Indian journal of veterinary science and animal husbandry - Volumes 18-21, 1948-1951
Year: 1948
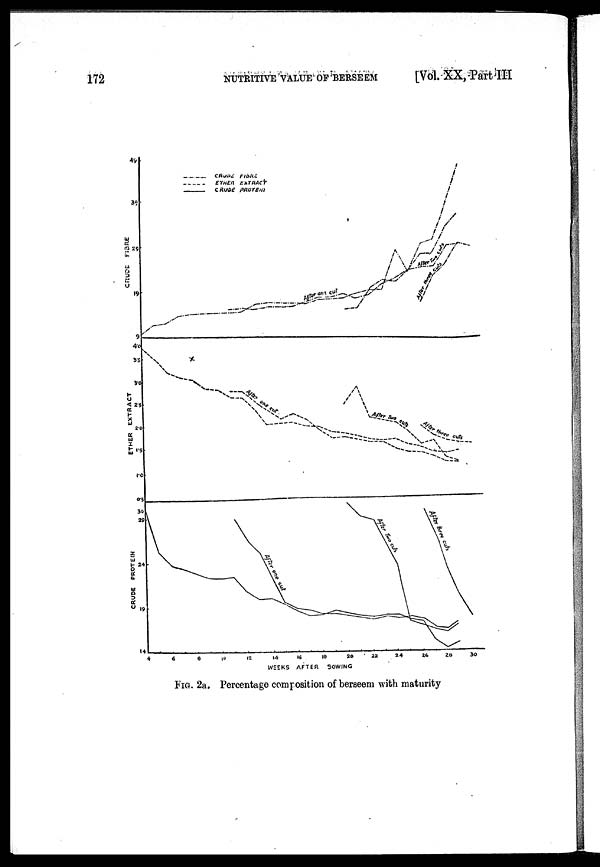
172
NUTRITIVE VALUE OF BERSEEM
[Vol. XX, Part III
FIG. 2a. Percentage composition of berseem with maturity